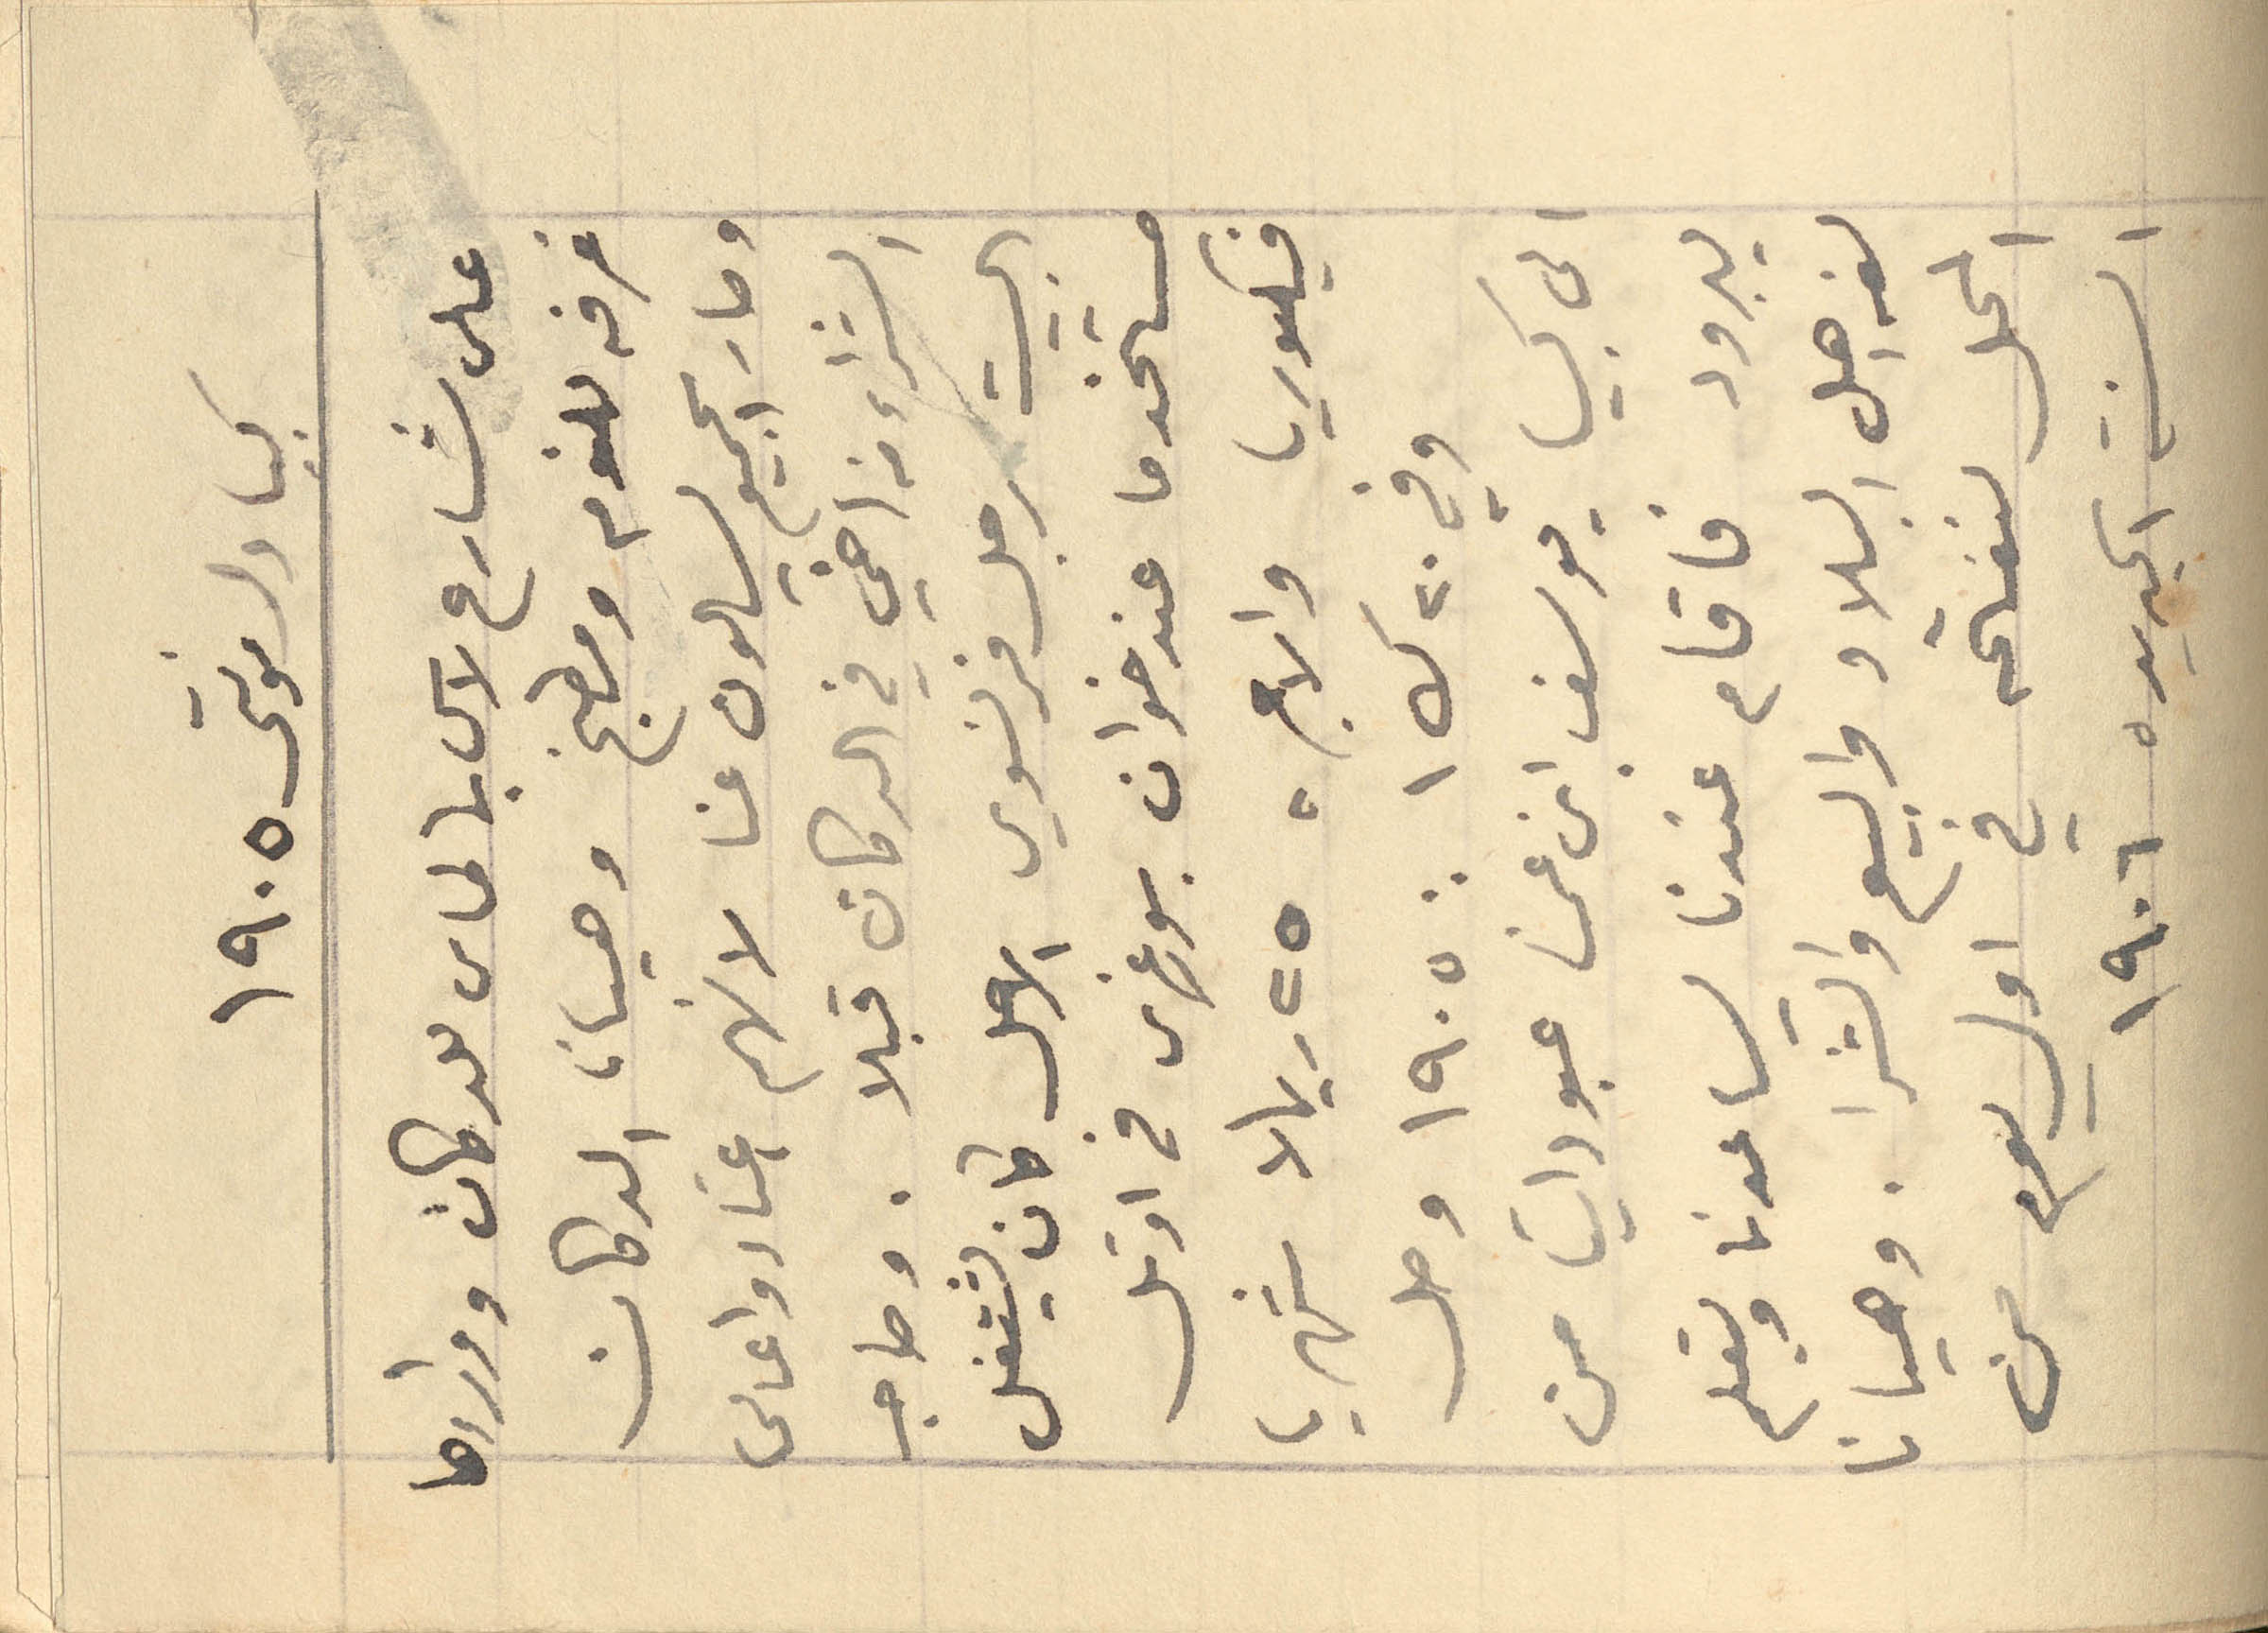
كبيا دلمونتي ١۹٠٥
على شارع لاس بالماس للدكان ووراءها
غرفه للنوم ومطبخ وحيان الدكان
وصار الجميع يسالون عنا لانهم اغناء واغالي
الشراء من اخي في الدكان قبلا. وصاحب
البيت رجل فرنسوي الأصل كان يشتغل
مستخدما عند خوان بورغس في اوتل
فيكتوريا والاجر ٢٥ ريالا شهريا
وفي ٢٠ ك ١ : ١۹٠٥ وصل
الى كبيا يوسف ابن عمي عبود اتيا من
يبرود فاقام عندنا ليساعدنا ويتعلم
لغة اهل البلاد والبيع والشرا. وهيانا
المحال لنفتحه في اول يوم من
السنة الجديدة ١۹٠٦